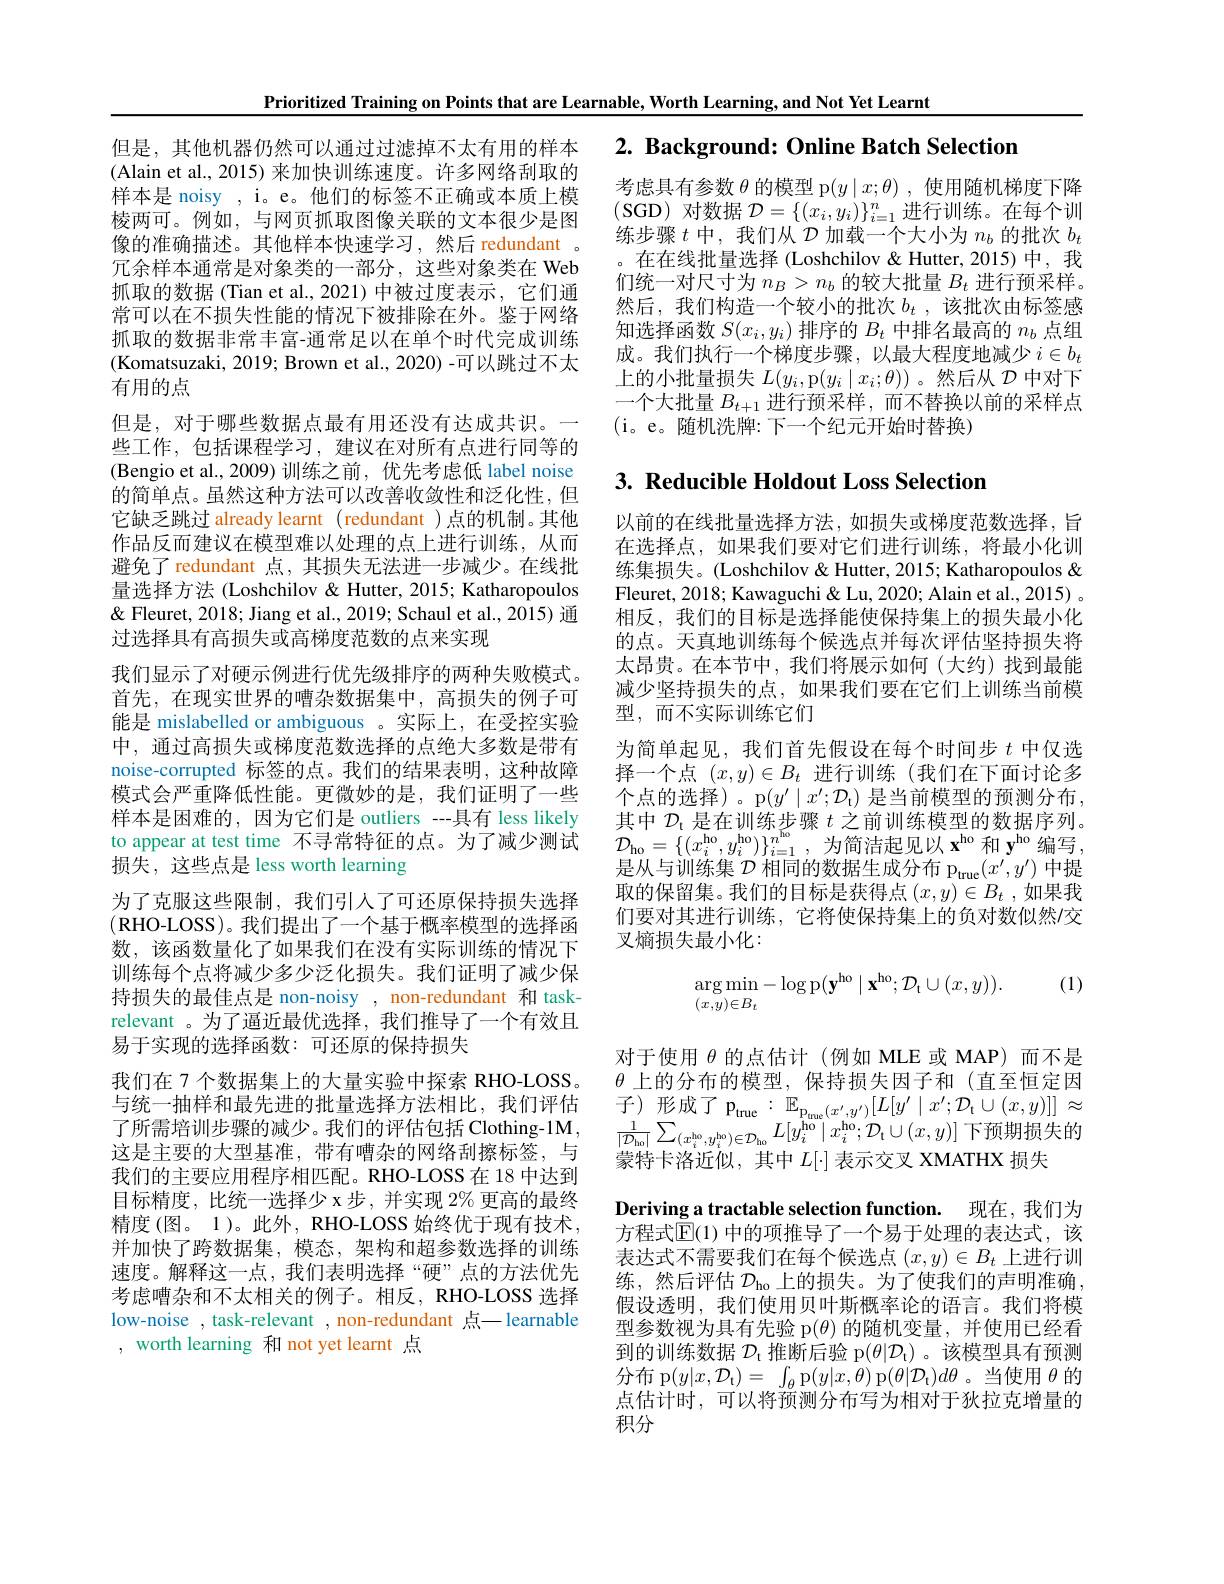
但是，其他机器仍然可以通过过滤掉不太有用的样本(Alain et al., 2015) 来加快训练速度。许多网络刮取的样本是 noisy , i。e。他们的标签不正确或本质上模棱两可。例如，与网页抓取图像关联的文本很少是图像的准确描述。其他样本快速学习，然后 redundant 。冗余样本通常是对象类的一部分，这些对象类在 Web 抓取的数据(Tian et al., 2021) 中被过度表示，它们通常可以在不损失性能的情况下被排除在外。鉴于网络抓取的数据非常丰富-通常足以在单个时代完成训练(Komatsuzaki, 2019; Brown et al., 2020) -可以跳过不太有用的点

Prioritized Training on Points that are Learnable, Worth Learning, and Not Yet Learnt
但是，对于哪些数据点最有用还没有达成共识。一些工作，包括课程学习，建议在对所有点进行同等的(Bengio et al., 2009)训练之前，优先考虑低 label noise 的简单点。虽然这种方法可以改善收敛性和泛化性，但它缺乏跳过 already learnt (redundant )点的机制。其他作品反而建议在模型难以处理的点上进行训练，从而避免了 redundant 点，其损失无法进一步减少。在线批量选择方法 (Loshchilov & Hutter, 2015; Katharopoulos & Fleuret, 2018; Jiang et al., 2019; Schaul et al., 2015) 通过选择具有高损失或高梯度范数的点来实现
我们显示了对硬示例进行优先级排序的两种失败模式。首先，在现实世界的嘈杂数据集中，高损失的例子可能是 mislabelled or ambiguous 。实际上，在受控实验中，通过高损失或梯度范数选择的点绝大多数是带有noise-corrupted 标签的点。我们的结果表明，这种故障模式会严重降低性能。更微妙的是，我们证明了一些样本是困难的，因为它们是 outliers --具有 less likely to appear at test time 不寻常特征的点。为了减少测试损失，这些点是 less worth learning
为了克服这些限制，我们引人了可还原保持损失选择(RHO-LOSS)。我们提出了一个基于概率模型的选择函数，该函数量化了如果我们在没有实际训练的情况下训练每个点将减少多少泛化损失。我们证明了减少保持损失的最佳点是 non-noisy , non-redundant 和 taskrelevant 。为了逼近最优选择，我们推导了一个有效且易于实现的选择函数：可还原的保持损失
我们在 7 个数据集上的大量实验中探索 RHO-LOSS。与统一抽样和最先进的批量选择方法相比，我们评估了所需培训步骤的减少。我们的评估包括 Clothing-1M, 这是主要的大型基准，带有嘈杂的网络刮擦标签，与我们的主要应用程序相匹配。RHO-LOSS 在 18 中达到目标精度，比统一选择少 x 步 , 并实现 2% 更高的最终精度(图。1)。此外，RHO-LOSS 始终优于现有技术， 并加快了跨数据集，模态，架构和超参数选择的训练速度。解释这一点，我们表明选择“硬”点的方法优先考虑嘈杂和不太相关的例子。相反，RHO-LOSS 选择low-noise , task-relevant , non-redundant 点— learnable , worth learning 和 not yet learnt 点

$2. \textbf{ Background: Online Batch Selection}$

考虑具有参数$\theta$的模型 p$(y\mid x;\theta)$,使用随机梯度下降(SGD)对数据$\mathcal{D}=\{(x_i,y_i)\}_i=1^n$进行训练。在每个训练步骤$t$中，我们从$\mathcal{D}$加载一个大小为$n_b$的批次$b_t$ 。在在线批量选择 (Loshchilov & Hutter, 2015) 中，我们统一对尺寸为$n_B>n_b$的较大批量$B_t$进行预采样。然后，我们构造一个较小的批次$b_t$ ,该批次由标签感知选择函数$S(x_i,y_i)$排序的$B_t$中排名最高的$n_b$点组成。我们执行一个梯度步骤，以最大程度地减少$i\in b_t$ 上的小批量损失$L(y_i$,p$(y_i\mid x_i;\theta))$ 。然后从$\mathcal{D}$中对下一个大批量$B_{t+1}$进行预采样，而不替换以前的采样点(i。e。随机洗牌：下一个纪元开始时替换)

# 3. Reducible Holdout Loss Selection

以前的在线批量选择方法，如损失或梯度范数选择，旨在选择点，如果我们要对它们进行训练，将最小化训练集损失。(Loshchilov & Hutter, 2015; Katharopoulos & Fleuret, 2018; Kawaguchi & Lu, 2020; Alain et al., 2015) 。相反，我们的目标是选择能使保持集上的损失最小化的点。天真地训练每个候选点并每次评估坚持损失将太昂贵。在本节中，我们将展示如何(大约)找到最能减少坚持损失的点，如果我们要在它们上训练当前模型，而不实际训练它们
为简单起见，我们首先假设在每个时间步$t$中仅选择一个点$(x,y)\in B_t$进行训练(我们在下面讨论多个点的选择)。p$(y^\prime\mid x^{\prime};\mathcal{D}_{\mathrm{t}})$ 是当前模型的预测分布， 其中$\mathcal{D}_\mathrm{t}$是在训练步骤$t$之前训练模型的数据序列。$\mathcal{D} _{\mathrm{ho}}= \{ ( x_i^{\mathrm{ho}}, y_i^{\mathrm{ho}}) \} _{i= 1}^{n^{\mathrm{ho}}}$ , 为简洁起见以 $\mathbf{x}^\mathrm{ho}$ 和 $\mathbf{y}^\mathrm{ho}$ 编写， 是从与训练集$\mathcal{D}$相同的数据生成分布 p$_\mathrm{true}(x^{\prime},y^{\prime})$中提取的保留集。我们的目标是获得点$(x,y)\in B_t$ ,如果我们要对其进行训练，它将使保持集上的负对数似然/交叉熵损失最小化：

. (1)
$$\begin{aligned}&\arg\min_{(x,y)\in B_{t}}-\log\mathrm{p}(\mathbf{y}^{\mathrm{ho}}\mid\mathbf{x}^{\mathrm{ho}};\mathcal{D}_{\mathrm{t}}\cup(x,y)).\end{aligned}$$
对于使用$\theta$的点估计 (例如 MLE 或 MAP)而不是$\theta$上的分布的模型，保持损失因子和(直至恒定因$\begin{array}{c}{\text{子)形成了 p}_{\mathrm{true}}:\mathbb{E}_{\mathrm{P_{\mathrm{tue}}}(x^{\prime},y^{\prime})}[L[y^{\prime}\mid x^{\prime};\mathcal{D}_{\mathrm{t}}\cup(x,y)]]\approx}\\{\text{1}}\end{array}$ $\frac{1}{|\mathcal{D}_{\mathrm{ho}}|}\sum_{(x_{i}^{\mathrm{ho}},y_{i}^{\mathrm{ho}})\in\mathcal{D}_{\mathrm{ho}}}L[y_{i}^{\mathrm{ho}}\mid x_{i}^{\mathrm{ho}};\mathcal{D}_{\mathrm{t}}\cup(x,y)]$下预期损失的蒙特卡洛近似，其中$L[\cdot]$表示交叉 XMATHX 损失
Deriving a tractable selection function. 现在，我们为方程式$\overline{\mathbb{E}}(1)$ 中的项推导了一个易于处理的表达式，该表达式不需要我们在每个候选点$(x,y)\in B_t$上进行训练，然后评估$\mathcal{D}_\mathrm{ho}$上的损失。为了使我们的声明准确， 假设透明，我们使用贝叶斯概率论的语言。我们将模型参数视为具有先验 p$(\theta)$的随机变量，并使用已经看到的训练数据$\mathcal{D}_\mathrm{t}$推断后验 p$(\theta|\mathcal{D}_\mathrm{t})$ 。该模型具有预测分布 p$(y|x,\mathcal{D}_\mathrm{t})=\int_\theta$p$(y|x,\theta)$ p$(\theta|\mathcal{D}_\mathrm{t})d\theta$。当使用$\theta$ 的点估计时，可以将预测分布写为相对于狄拉克增量的积分